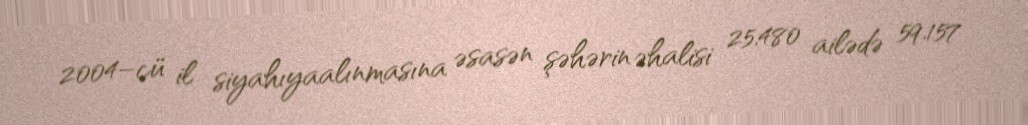
2004–cü il siyahıyaalınmasına əsasən şəhərin əhalisi 25.480 ailədə 59.157